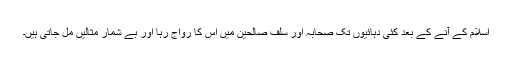
اسلام کے آنے کے بعد کئی دہائیوں تک صحابہ اور سلف صالحین میں اس کا رواج رہا اور بے شمار مثالیں مل جاتی ہیں۔